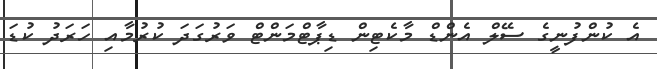
އެ ކުންފުނީގެ ސޭލް އެންޑް މާކެޓިން ޑިޕާޓްމަންޓް ވަރުގަދަ ކުރުމާއި ހަރަދު ކުޑަ